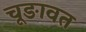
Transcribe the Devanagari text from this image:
चूङावत